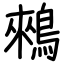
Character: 鶆